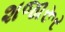
શજારૂર